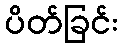
ပိတ်ခြင်း